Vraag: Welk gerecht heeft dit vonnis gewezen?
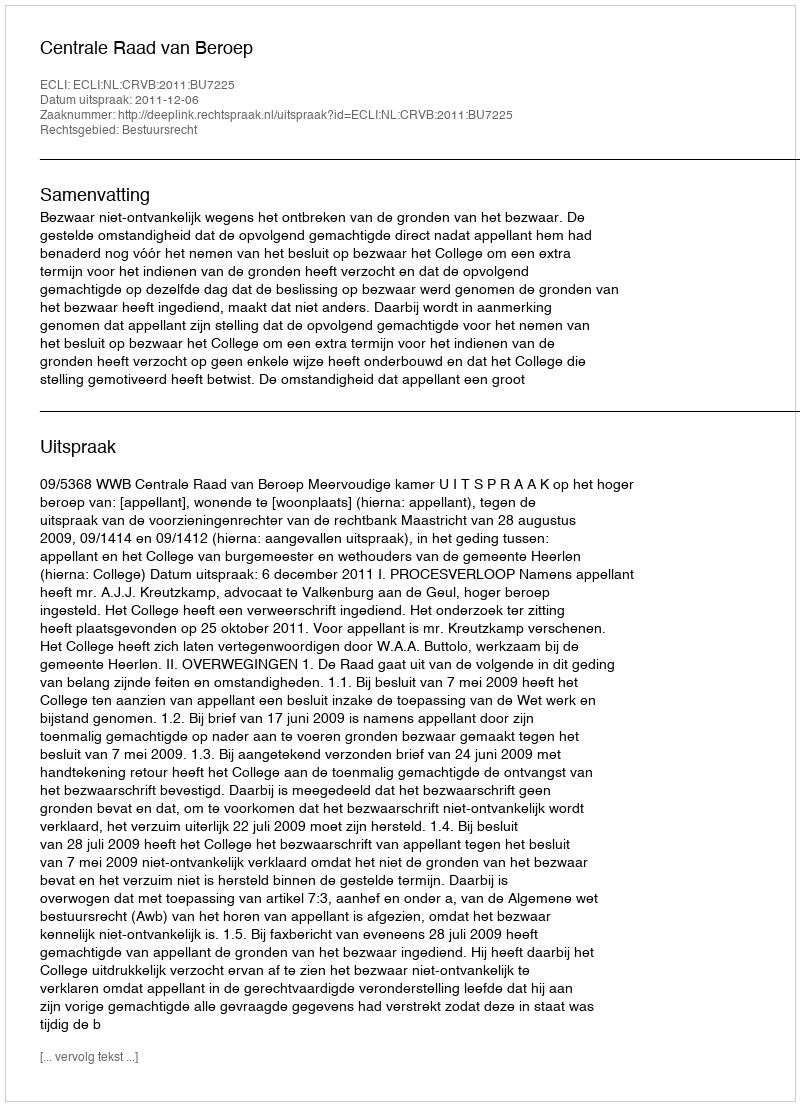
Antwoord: Centrale Raad van Beroep